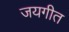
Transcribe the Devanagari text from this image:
जयगीत